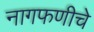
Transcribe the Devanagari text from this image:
नागफणीचे